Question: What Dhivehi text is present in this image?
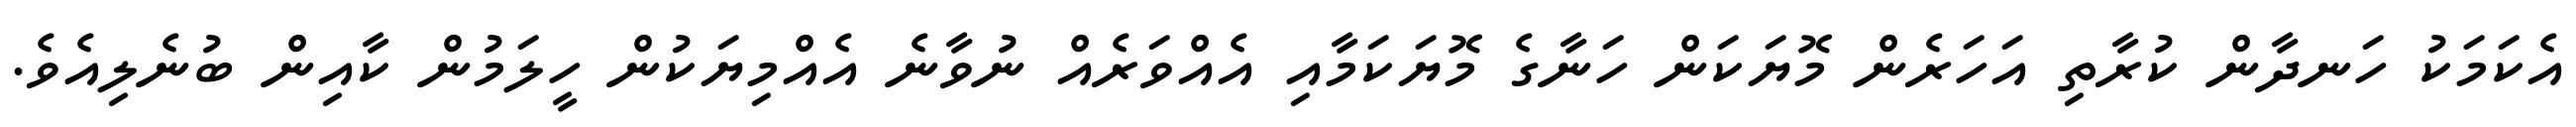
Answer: އެކަމަކު ހަނދާން ކުރާތި އަހަރެން މޮޔަކަން ހަނާގެ މޮޔަކަމާއި އެއްވަރެއް ނުވާނެ އެއްމިޔަކުން ހީލަމުން ކާއިން ބުނެލިއެވެ.